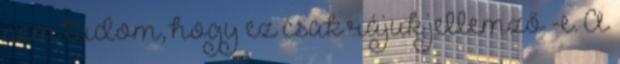
nem tudom, hogy ez csak rájuk jellemző -e. A